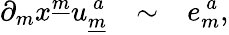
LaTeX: \partial_{m}x^{\underline{{{m}}}}u_{\underline{{{m}}}}^{~a}{}~~~\sim~~~e_{m}^{~a},